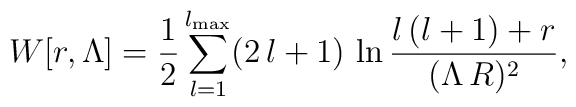
W[r,\Lambda] ={1\over2}\sum_{l=1}^{l_{\rm max}}(2\,l +1)\,\ln{l\,(l+1)+r\over(\Lambda\,R)^2},